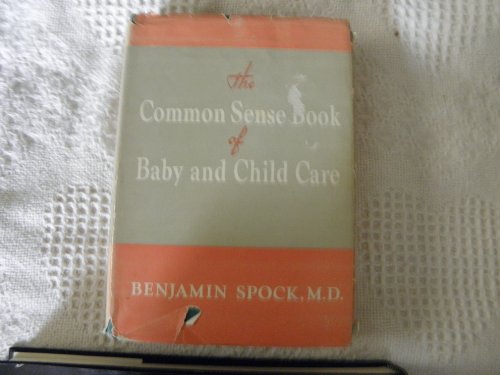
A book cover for The Common Sense of Baby and Child Care; Benjamin Spock; Cookbooks, Food & Wine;